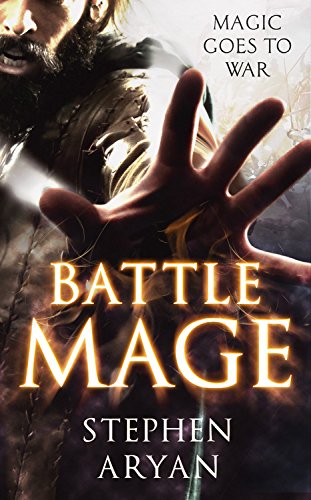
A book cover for Battlemage (Age of Darkness); Stephen Aryan; Literature & Fiction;